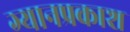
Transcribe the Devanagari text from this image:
ग्यानप्रकाश